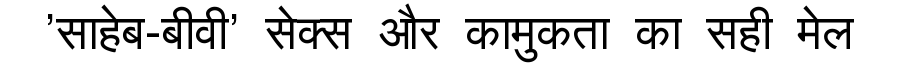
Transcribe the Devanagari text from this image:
'साहेब-बीवी' सेक्स और कामुकता का सही मेल